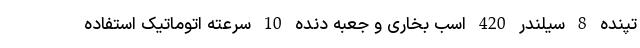
تپنده 8 سیلندر 420 اسب بخاری و جعبه دنده 10 سرعته اتوماتیک استفاده